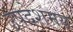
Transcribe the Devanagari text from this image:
उपदेशमय